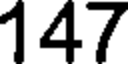
147